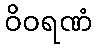
ဝိဝရဏံ